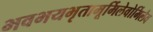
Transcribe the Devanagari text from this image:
भवभयभृतामूर्मिलेवोर्मिलैव